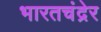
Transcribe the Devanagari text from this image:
भारतचंद्रेर